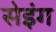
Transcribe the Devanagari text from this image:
सेइंग